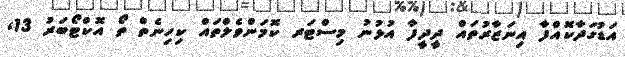
އަޑުގަދާކޮއްފާ އިނަޒާރުތައް ދީދީފާ އުޅުނު މިސްޓަރ ކޮމަންވެލްތައް ކިހިނެތް ތޯ އޮކްޓޯބަރު 13